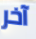
آخر